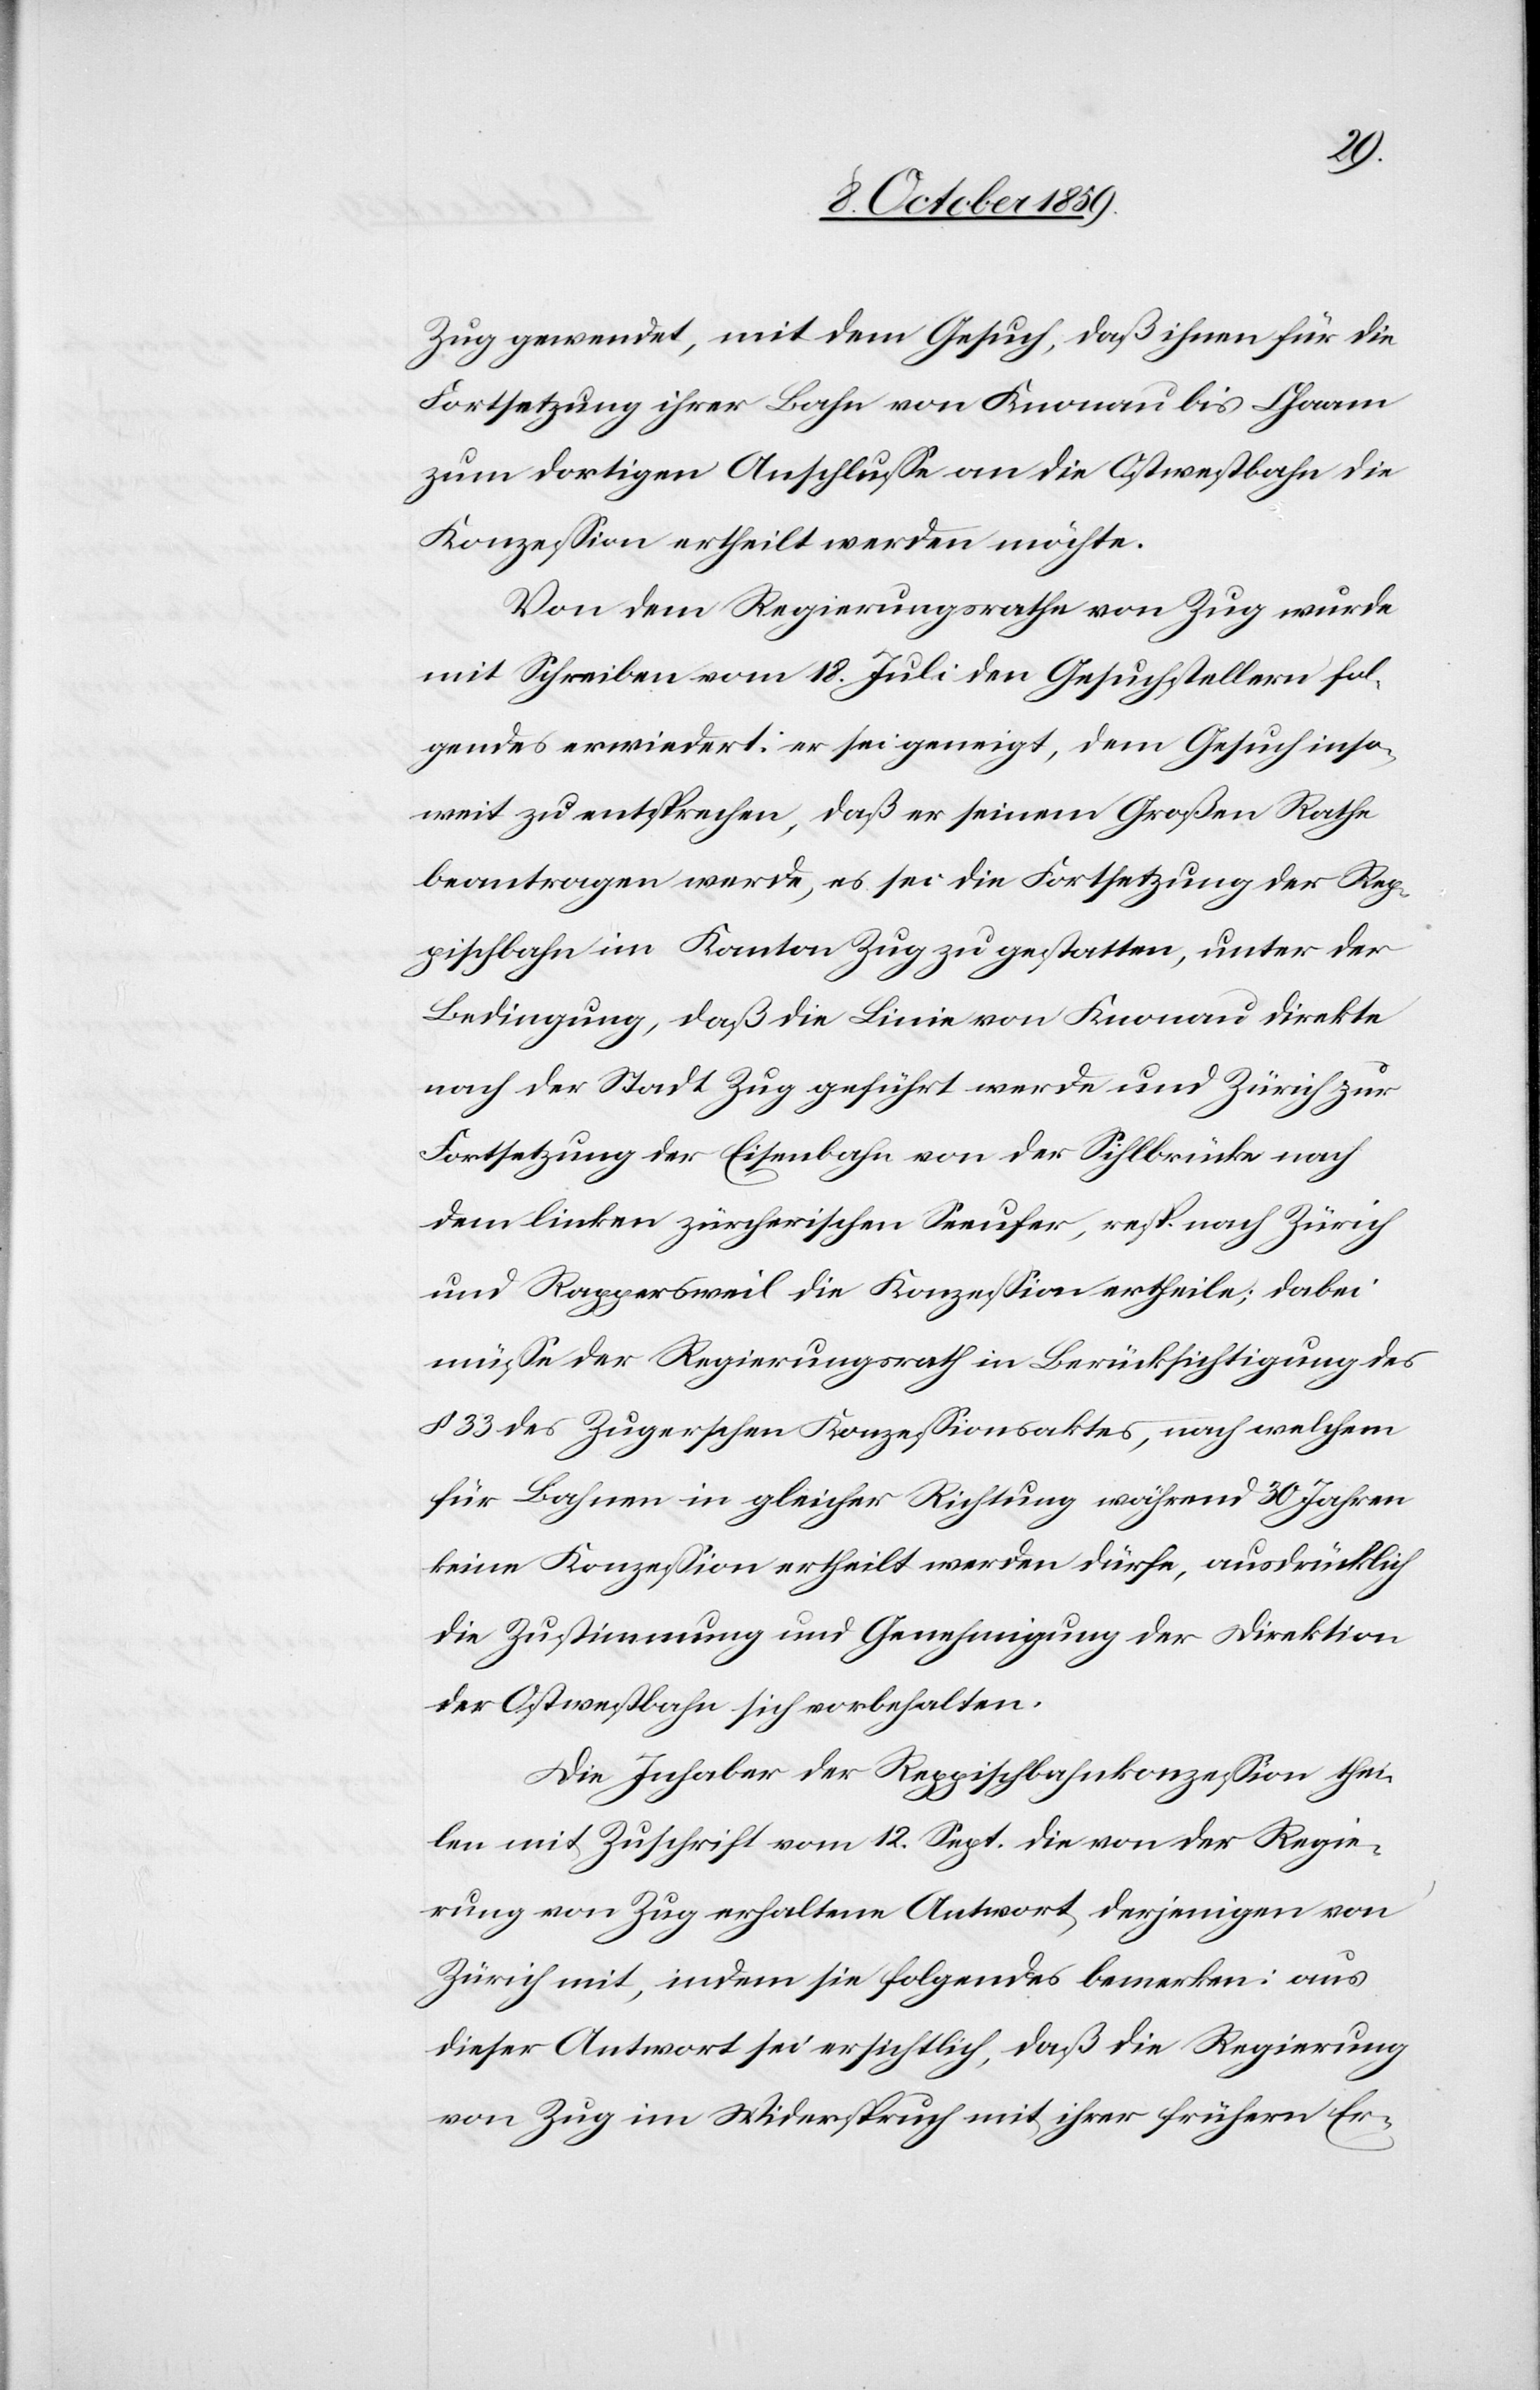
Zug gewendet, mit dem Gesuch, daß ihnen für die
Fortsetzung ihrer Bahn von Knonau bis Chaam
zum dortigen Anschlusse an die Ostwestbahn die
Konzession ertheilt werden möchte.
Von dem Regierungsrathe von Zug wurde
mit Schreiben vom 18. Juli den Gesuchstellern fol¬
gendes erwiedert: er sei geneigt, dem Gesuch inso¬
weit zu entsprechen, daß er seinem Großen Rathe
beantragen werde, es sei die Fortsetzung der Rep¬
pischbahn im Kanton Zug zu gestatten, unter der
Bedingung, daß die Linie von Knonau direkte
nach der Stadt Zug geführt werde und Zürich zur
Fortsetzung der Eisenbahn von der Sihlbrücke nach
dem linken zürcherischen Seeufer, resp. nach Zürich
und Rappersweil die Konzession ertheile; dabei
müsse der Regierungsrath in Berücksichtigung des
§ 33 des Zugerschen Konzessionsaktes, nach welchem
für Bahnen in gleicher Richtung während 30 Jahren
keine Konzession ertheilt werden dürfe, ausdrücklich
die Zustimmung und Genehmigung der Direktion
der Ostwestbahn sich vorbehalten.
Die Inhaber der Reppischbahnkonzession thei¬
len mit Zuschrift vom 12. Sept. die von der Regie¬
rung von Zug erhaltene Antwort, derjenigen von
Zürich mit, indem sie folgendes bemerken: aus
dieser Antwort sei ersichtlich, daß die Regierung
von Zug im Widerspruch mit ihrer frühern Er-